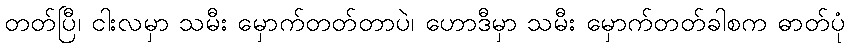
တတ်ပြီ၊ ငါးလမှာ သမီး မှောက်တတ်တာပဲ၊ ဟောဒီမှာ သမီး မှောက်တတ်ခါစက ဓာတ်ပုံ